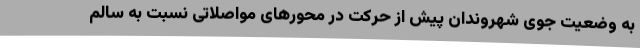
به وضعیت جوی شهروندان پیش از حرکت در محورهای مواصلاتی نسبت به سالم